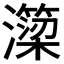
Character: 𭳣